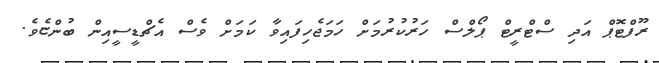
ރޫފްޓޮޕް އަދި ސްޓްރީޓް ޕޯލްސް ހަރުކުރުމަށް ހަމަޖެހިފައިވާ ކަމަށް ވެސް އެޗްޑީސީއިން ބުންޏެވެ.